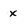
Character: x